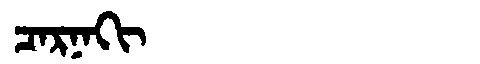
Manchu: ᠴᠠᡵᠨᠠᡴᡳ
Romanization: CARNAKI